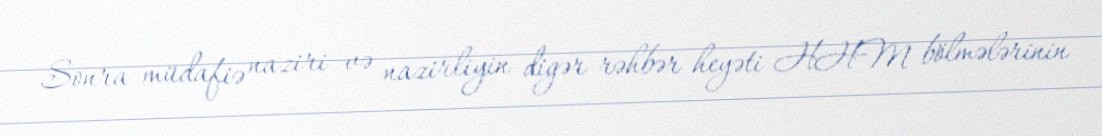
Sonra müdafiə naziri və nazirliyin digər rəhbər heyəti HHM bölmələrinin